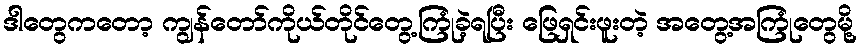
ဒါတွေကတော့ ကျွန်တော်ကိုယ်တိုင်တွေ့ကြုံခဲ့ရပြီး ဖြေရှင်းဖူးတဲ့ အတွေ့အကြုံတွေမို့